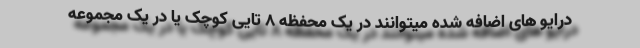
درایو های اضافه شده میتوانند در یک محفظه 8 تایی کوچک یا در یک مجموعه